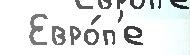
 Евро́п'е